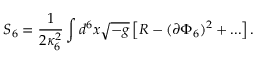
S _ { 6 } = \frac { 1 } { 2 \kappa _ { 6 } ^ { 2 } } \int d ^ { 6 } x \sqrt { - g } \left[ R - ( \partial \Phi _ { 6 } ) ^ { 2 } + . . . \right] .